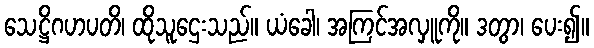
သေဋ္ဌိဂဟပတိ၊ ထိုသူဌေးသည်။ ယံခေါ၊ အကြင်အလှူကို။ ဒတွာ၊ ပေး၍။